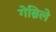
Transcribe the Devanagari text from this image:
गेब्रिले